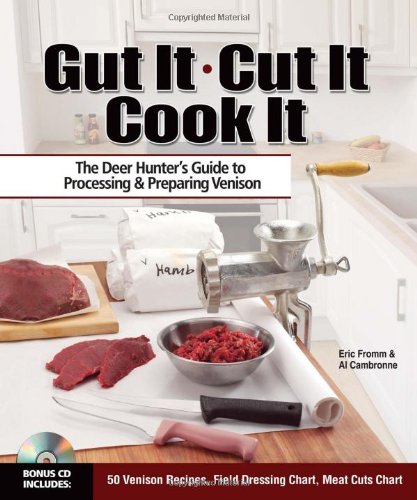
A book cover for Gut It. Cut It. Cook It.: The Deer Hunter's Guide to Processing & Preparing Venison; Eric Fromm; Cookbooks, Food & Wine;